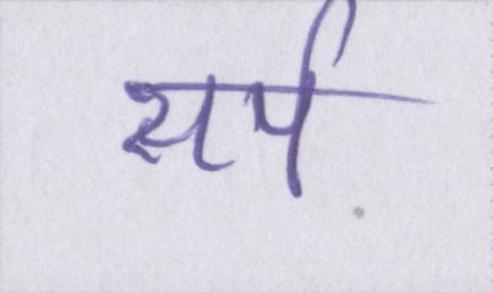
सर्प